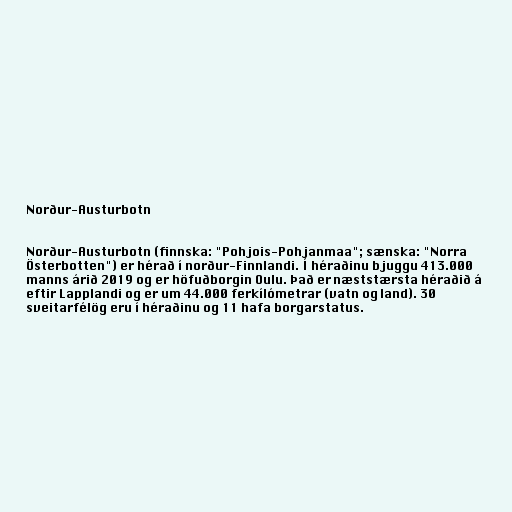
Norður-Austurbotn

Norður-Austurbotn (finnska: "Pohjois-Pohjanmaa"; sænska: "Norra
Österbotten") er hérað í norður-Finnlandi. Í héraðinu bjuggu 413.000
manns árið 2019 og er höfuðborgin Oulu. Það er næststærsta héraðið á
eftir Lapplandi og er um 44.000 ferkílómetrar (vatn og land). 30
sveitarfélög eru í héraðinu og 11 hafa borgarstatus.